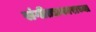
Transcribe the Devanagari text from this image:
संगीतप्रकाराच्या